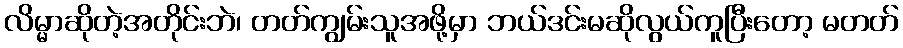
လိမ္မာဆိုတဲ့အတိုင်းဘဲ၊ တတ်ကျွမ်းသူအဖို့မှာ ဘယ်ဒင်းမဆိုလွယ်ကူပြီးတော့ မတတ်